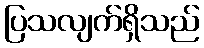
ပြသလျက်ရှိသည်